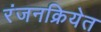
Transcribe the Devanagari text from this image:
रंजनक्रियेत